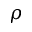
\rho